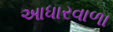
આધારવાળા